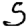
Digit: 5